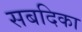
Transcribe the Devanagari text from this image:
सबदिका